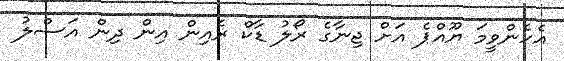
އެހެންވީމަ ޔޫއްޕެ އަށް ޖިނާގެ ރޯލު ޑާކް ރެއިން އިން ދިން އަސްލު